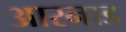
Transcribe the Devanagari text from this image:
आरनाड